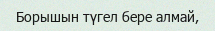
Борышын түгел бере алмай,